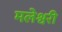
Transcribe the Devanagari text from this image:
मलेश्वरी